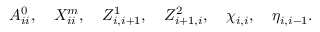
A _ { i i } ^ { 0 } , \quad X _ { i i } ^ { m } , \quad Z _ { i , i + 1 } ^ { 1 } , \quad Z _ { i + 1 , i } ^ { 2 } , \quad \chi _ { i , i } , \quad \eta _ { i , i - 1 } .